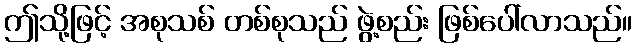
ဤသို့ဖြင့် အစုသစ် တစ်စုသည် ဖွဲ့စည်း ဖြစ်ပေါ်လာသည်။